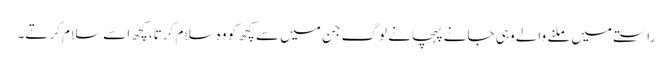
راستے میں ملنے والے وہی جانے پہچانے لوگ جن میں سے کچھ کو وہ سلام کرتا، کچھ اسے سلام کرتے۔